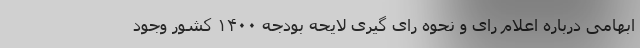
ابهامی درباره اعلام رای و نحوه رای گیری لایحه بودجه ۱۴۰۰ کشور وجود